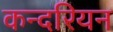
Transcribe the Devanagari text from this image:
कन्दरियन